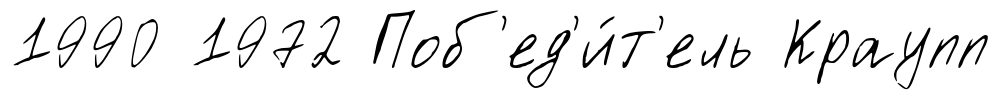
1990 1972 Поб'ед'и́т'ель Краупп